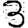
Digit: 3